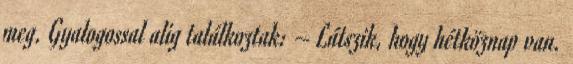
meg. Gyalogossal alig találkoztak: – Látszik, hogy hétköznap van.